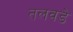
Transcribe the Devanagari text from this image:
तलवडे